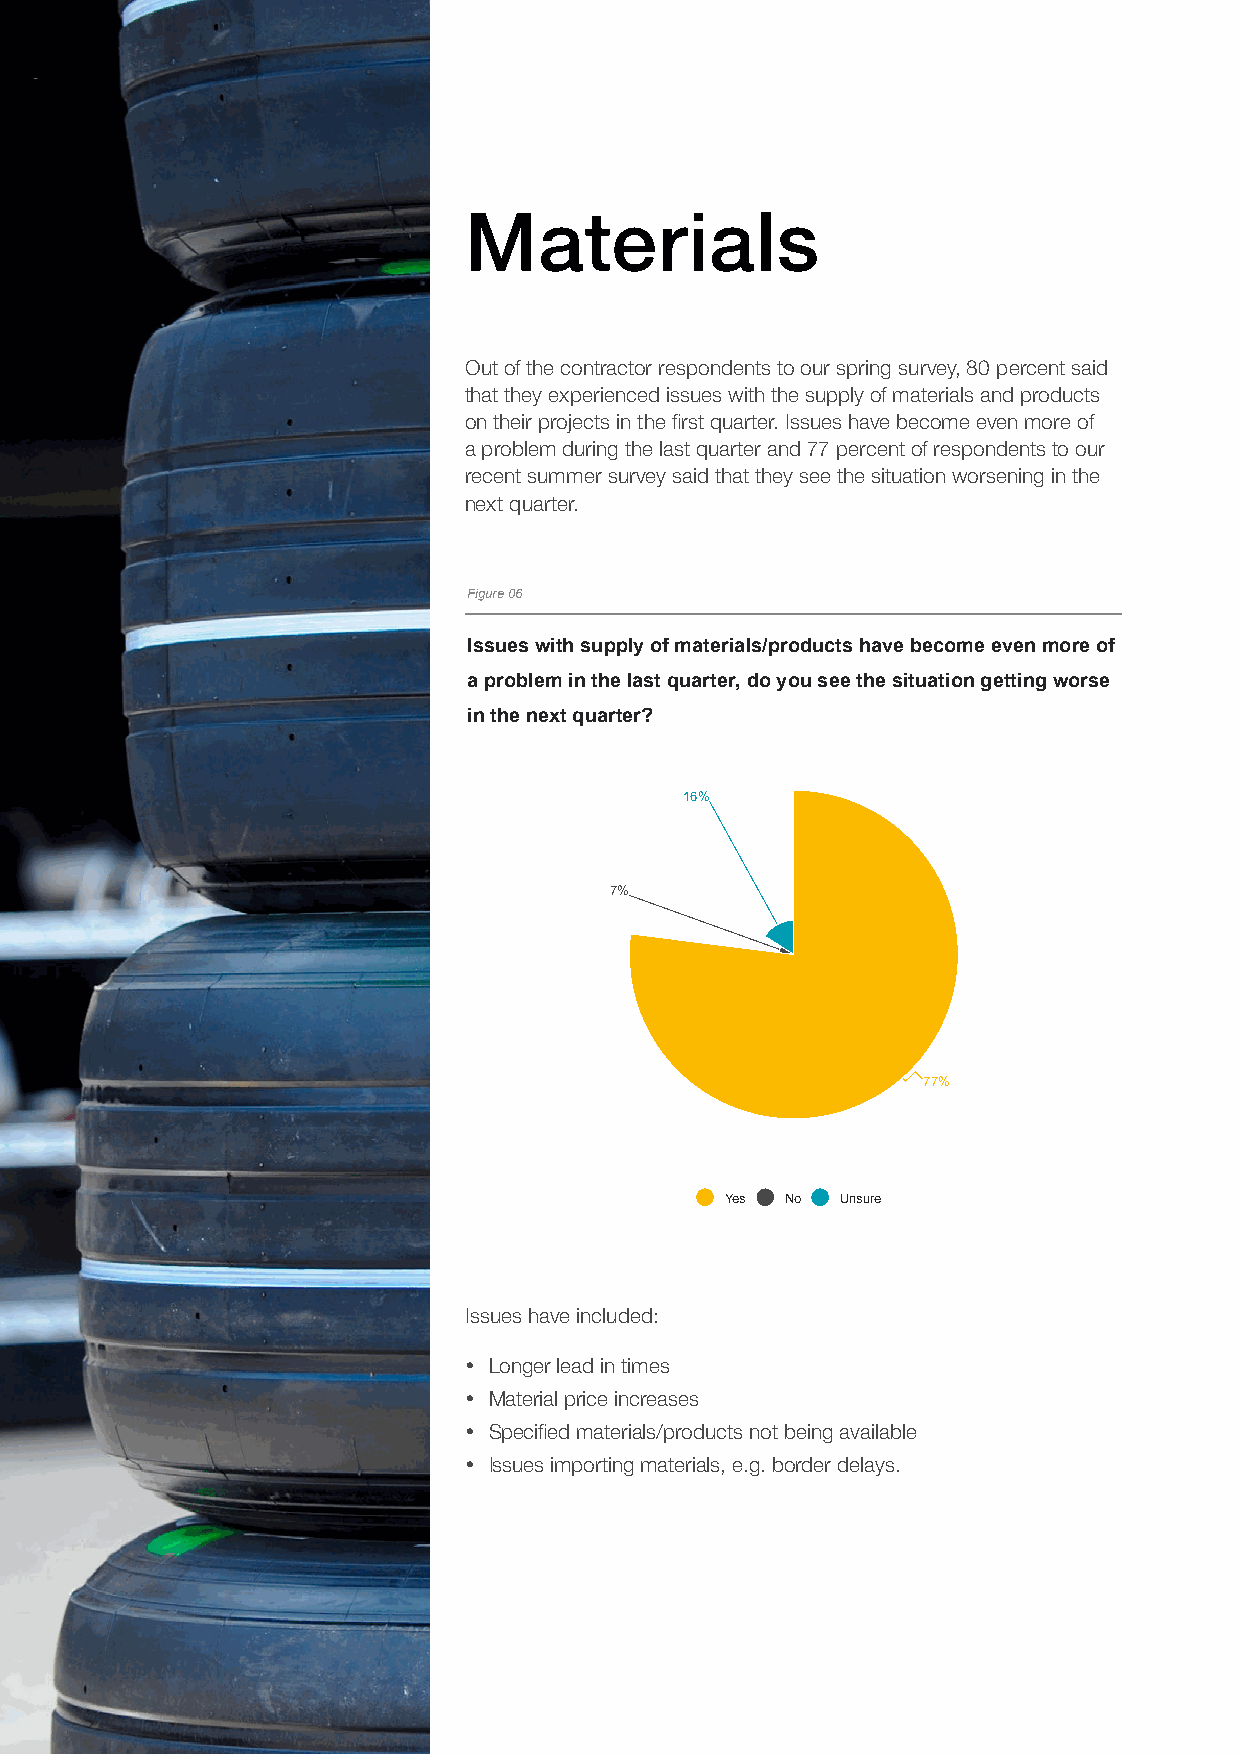
Materials
 Out of the contractor respondents to our spring survey, 80 percent said
 that they experienced issues with the supply of materials and products
 on their projects in the first quarter. Issues have become even more of
 a problem during the last quarter and 77 percent of respondents to our
 recent summer survey said that they see the situation worsening in the
 next quarter.
 Figure 06
 Issues with supply of materials/products have become even more of
 a problem in the last quarter, do you see the situation getting worse
 in the next quarter?
 16%
 7%
 77%
 Yes No  Unsure
 Made with
 Issues have included:
 y Longer lead in times
 y Material price increases
 y Specified materials/products not being available
 y Issues importing materials, e.g. border delays.